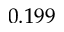
0 . 1 9 9